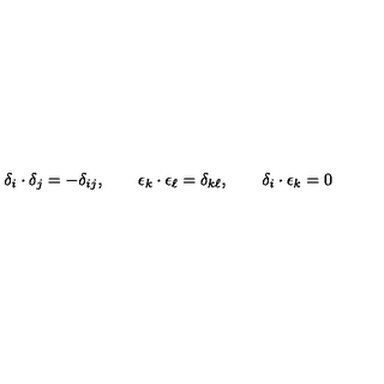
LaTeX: \delta _ { i } \cdot \delta _ { j } = - \delta _ { i j } , \qquad \epsilon _ { k } \cdot \epsilon _ { \ell } = \delta _ { k \ell } , \qquad \delta _ { i } \cdot \epsilon _ { k } = 0